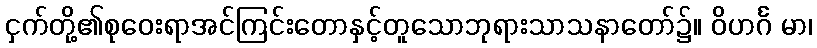
ငှက်တို့၏စုဝေးရာအင်ကြင်းတောနှင့်တူသောဘုရားသာသနာတော်၌။ ဝိဟင်္ဂ မာ၊